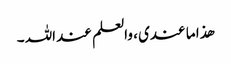
ھذا ما عندی ، والعلم عند اللہ ۔